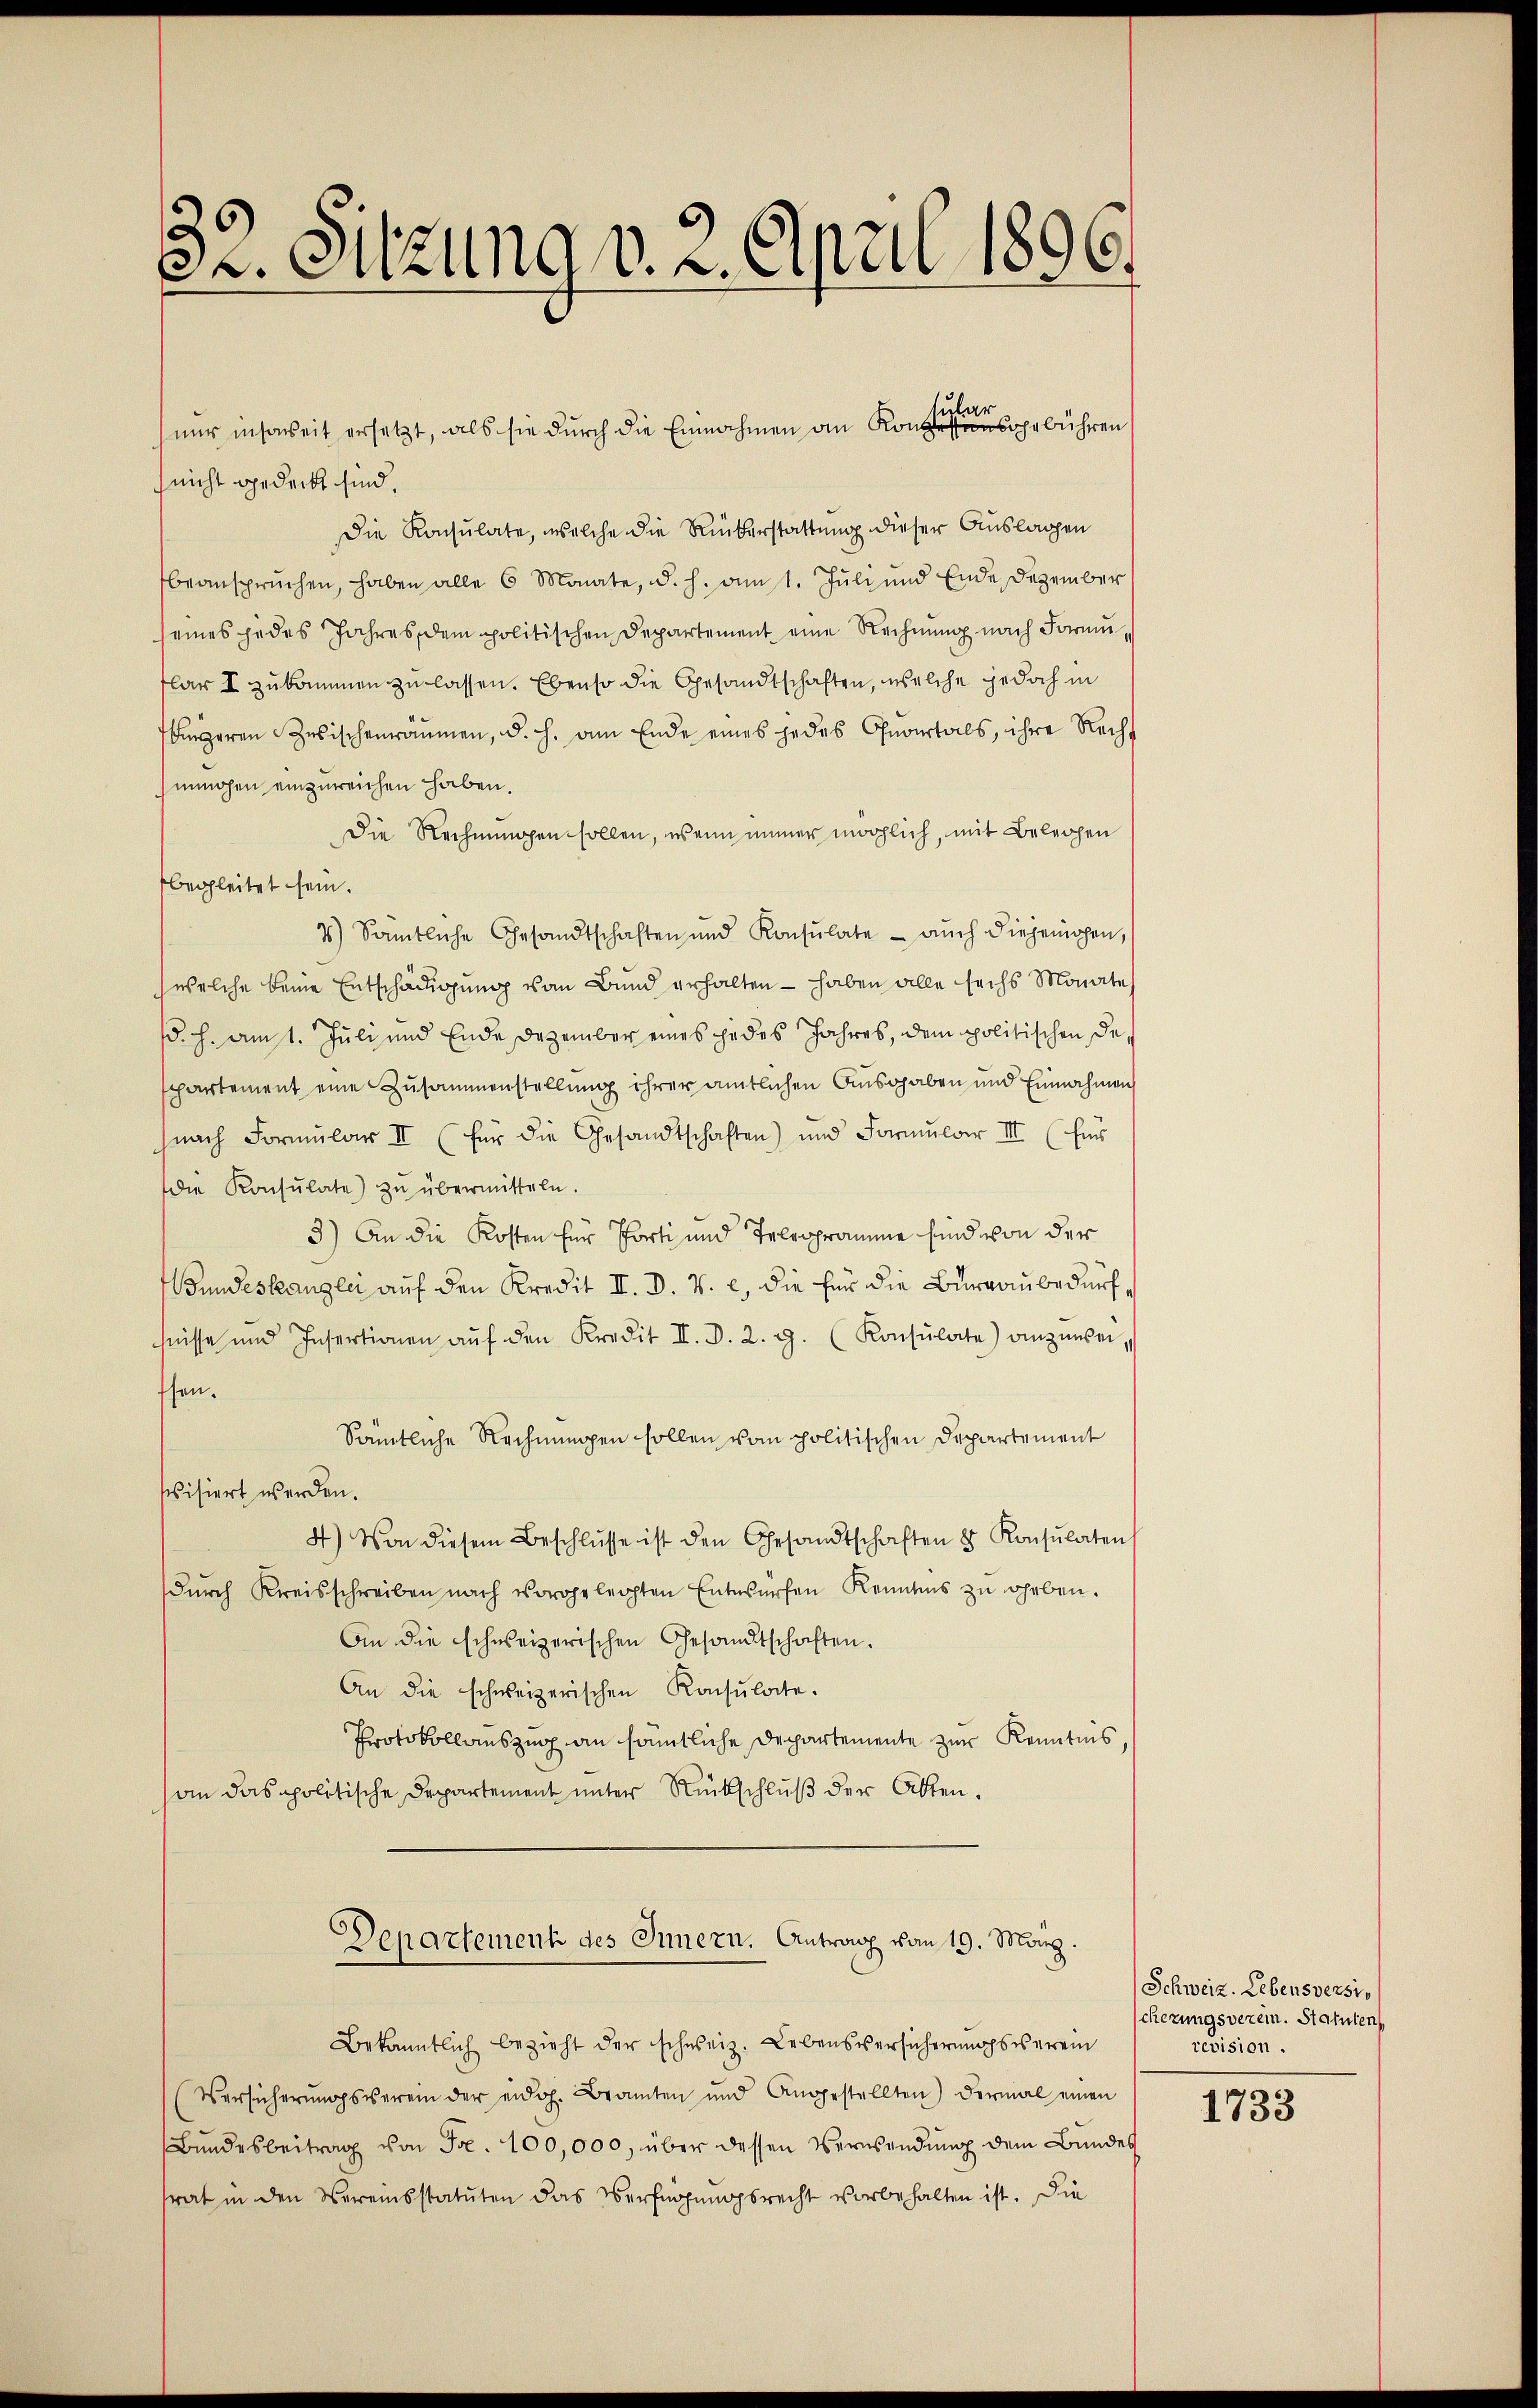
Dr. Sitzung v. 2. April 1896.

nicht gedeckt sind.
Die Konsulate, welche die Rükerstattung dieser Auslagen
beanspruchen, haben alle 6 Monate, d. h. am 1. Juli und Ende Dezember
seines jedes Jahres, dem politischen Departement eine Rechnung nach Formu
flar I zŭkommen zŭ lassen. Ebenso die Gesandtschaften, welche jedoch in
bgeren Zwischenraumen, d. h. am Ende eines jedes Quartals, ihre Rechinohen einzureichen haben.
Die Rechnungen sollen, wenn immer möglich, mit Belegen
begleitet sein.
7) Sämtliche Gesandtschaften und Konsulate - aŭch diejenigen,
welche keine Entschädigung von Bund erhalten - haben alle sechs Monates
d. h. Am 1. Juli und Ende Dezember eines jedes Jahres, dem politischen de
partement eine Zusammenstellung ihrer amtlichen Ausgaben und Einnahmen
nach Formŭlar III (für die Gesandtschaften) und Formŭlar III (für
die Konsulate) zu übermitteln.
3) An die Kosten für Porti und Telegramme sind von der
Bundeskanzlei aŭf den Kredit II. D. V. c., die für die Burgaubedürfhnisse und Insertionen aŭf den Kredit II. d. 2. 9. (Konsulate) anzŭwei,
ssen.
Sämtliche Rechnungen sollen vom politischen Departement
svisiert werden.
4) Von diesem Beschlŭsse ist den Gesandtschaften 8 Konsulaten
dŭrch Kreisschreiben nach vorgeleichten Entwürfen Kennens zŭ geben.
An die schweizerischen Gesandtschaften.
An die schweizerischen Konsulate.
Protokollauszug an sämtliche Departemente zur Kenntnis,
an das politische Departement unter Rückschluß der Akten.
s
Departement des Innern. Antrag vom 19. März.
Bekanntlich bezieht der schweiz. Lebensversicherungsverein
Versicherŭngsverein der eidoh. Branten und Angestellten) dermal einen
Bundesbeitrag von Fr. 100,000, über dessen Verwendung dem Bundes
srat in den Vereinsstatuten das Verfügungsrecht vorbehalten ist. Die

har
nur insoweit ersetzt, als sie durch die Einnahmen an Konzessensgebühren

Schweiz. Lebensversio
scherungsverein. Statuten
revision.

1733